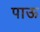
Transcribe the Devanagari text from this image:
पाऊ